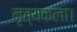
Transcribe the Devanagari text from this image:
नृत्‍यकला।